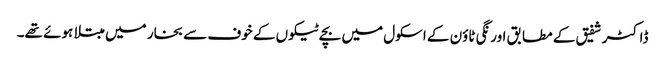
ڈاکٹر شفیق کے مطابق اورنگی ٹاؤن کے اسکول میں بچے ٹیکوں کے خوف سے بخار میں مبتلا ہوئے تھے۔